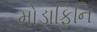
મોડાફિનિ